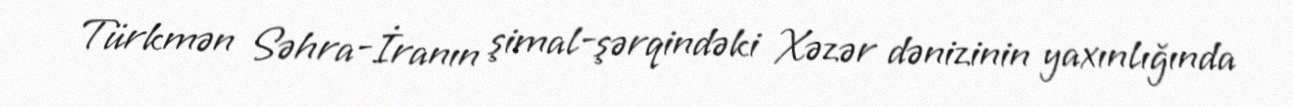
Türkmən Səhra-İranın şimal-şərqindəki Xəzər dənizinin yaxınlığında